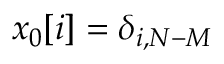
x _ { 0 } [ i ] = \delta _ { i , N - M }